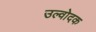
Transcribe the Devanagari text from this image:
उल्वोदक